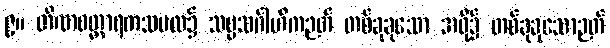
၉။ တိဏဝတ္ထာရကသမထ၌ သဗ္ဗသင်္ဂါဟိကဉတ် တစ်ခုခုသော အဖို့၌ တစ်ခုခုသောဉတ်